Regulations for the medical services of the Army of India
Year: 1930
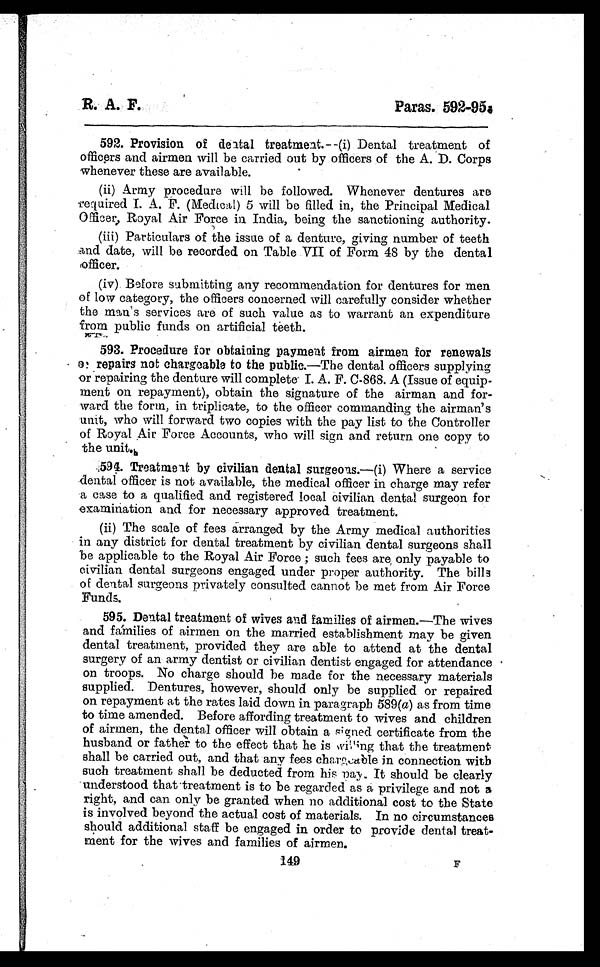
592 Provision of dental treatment.--(i)
2. Dental treatment of
officers and airmen will be carried out by officers of the A. D. Corps
whenever these are available.
(ii)Army procedure will be followed. Whenever dentures are
r e q u i r e d I . A. F . ( Me d i c a l ) 5 wi l l b e f i l l e d i n , t h e P r i n c i p a l Me d i c a l
Officer, Royal Air Force in India, being the sanctioning authority.
(iii)Particulars of the issue of a denture, giving number of teeth
and date, will be recorded on Table VII of Form 48 by the dental
officer.
(iv)Before submitting any recommendation for dentures for men
of low category, the officers concerned will carefully consider whether
the man's services are of such value as to warrant an expenditure
from public funds on artificial teeth.
593. Procedure for obtaining payment from airmen for renewals
repairs not chargeable to the public.—The dental officers supplying
or repairing the denture will complete I. A. F. C-868. A (Issue of equip-
ment on repayment), obtain the signature of the airman and for-
ward the form, in triplicate, to the officer commanding the airman's
unit, who will forward two copies with the pay list to the Controller
of Royal Air Force Accounts, who will sign and return one copy to
the unite
594. Treatment by civilian dental surgeons. —(i) Where a service
dental officer is not available, the medical officer in charge may refer
a case to a qualified and registered local Civilian dental surgeon for
examination and for necessary approved treatment.
(ii) The scale of fees arranged by the Army medical authorities
in any district for dental treatment by civilian dental surgeons shall
be applicable to the Royal Air Force ; such fees are, only payable to
civilian dental surgeons engaged under proper authority. The bills
of dental surgeons privately consulted cannot be met from Air Force
Funds.
595. Dental treatment of wives and families of airmen.—The wives
and fámilies of airmen on the married establishment may be given
dental treatment, provided they are able to attend at the dental
surgery of an army dentist or civilian dentist engaged for attendance
on troops. No charge should be made for the necessary materials
supplied. Dentures, however, should only be supplied or repaired
on repayment at the rates laid down in paragraph 589(a) as from time
to time amended. Before affording treatment to wives and children
of airmen, the dental officer will obtain a signed certificate from the
husband or father to the effect that he is willing that the treatment
shall be carried out, and that any fees chargeable in connection with
such treatment shall be deducted from his pay. It should be clearly
understood that treatment is to be regarded as a privilege and not a
right, and can only be granted when no additional cost to the State
is involved beyond the actual cost of materials. In no circumstances
should additional staff be engaged in order to provide dental treat-
ment for the wives and families of airmen.
149